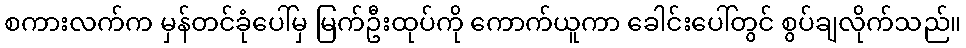
စကားလက်က မှန်တင်ခုံပေါ်မှ မြက်ဦးထုပ်ကို ကောက်ယူကာ ခေါင်းပေါ်တွင် စွပ်ချလိုက်သည်။